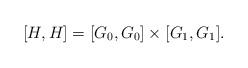
LaTeX: \begin{align*}[ H, H ] = [G_0, G_0] \times [G_1, G_1].\end{align*}